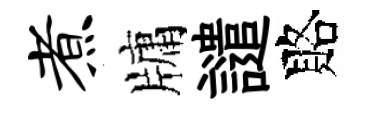
煮牗譴賂